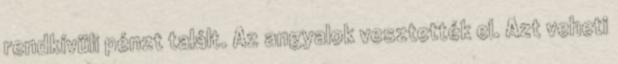
rendkívüli pénzt talált. Az angyalok vesztették el. Azt veheti